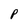
Character: P